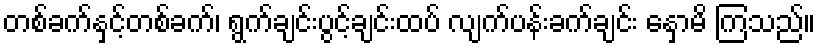
တစ်ခက်နှင့်တစ်ခက်၊ ရွက်ချင်းပွင့်ချင်းထပ် လျက်ပန်းခက်ချင်း နှောမိ ကြသည်။